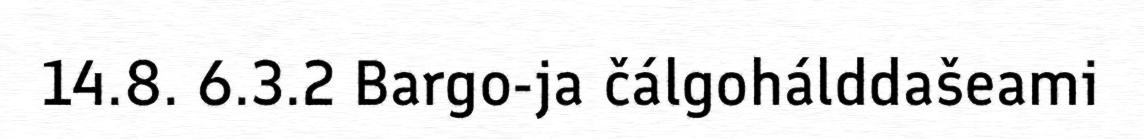
14.8. 6.3.2 Bargo-ja čálgohálddašeami